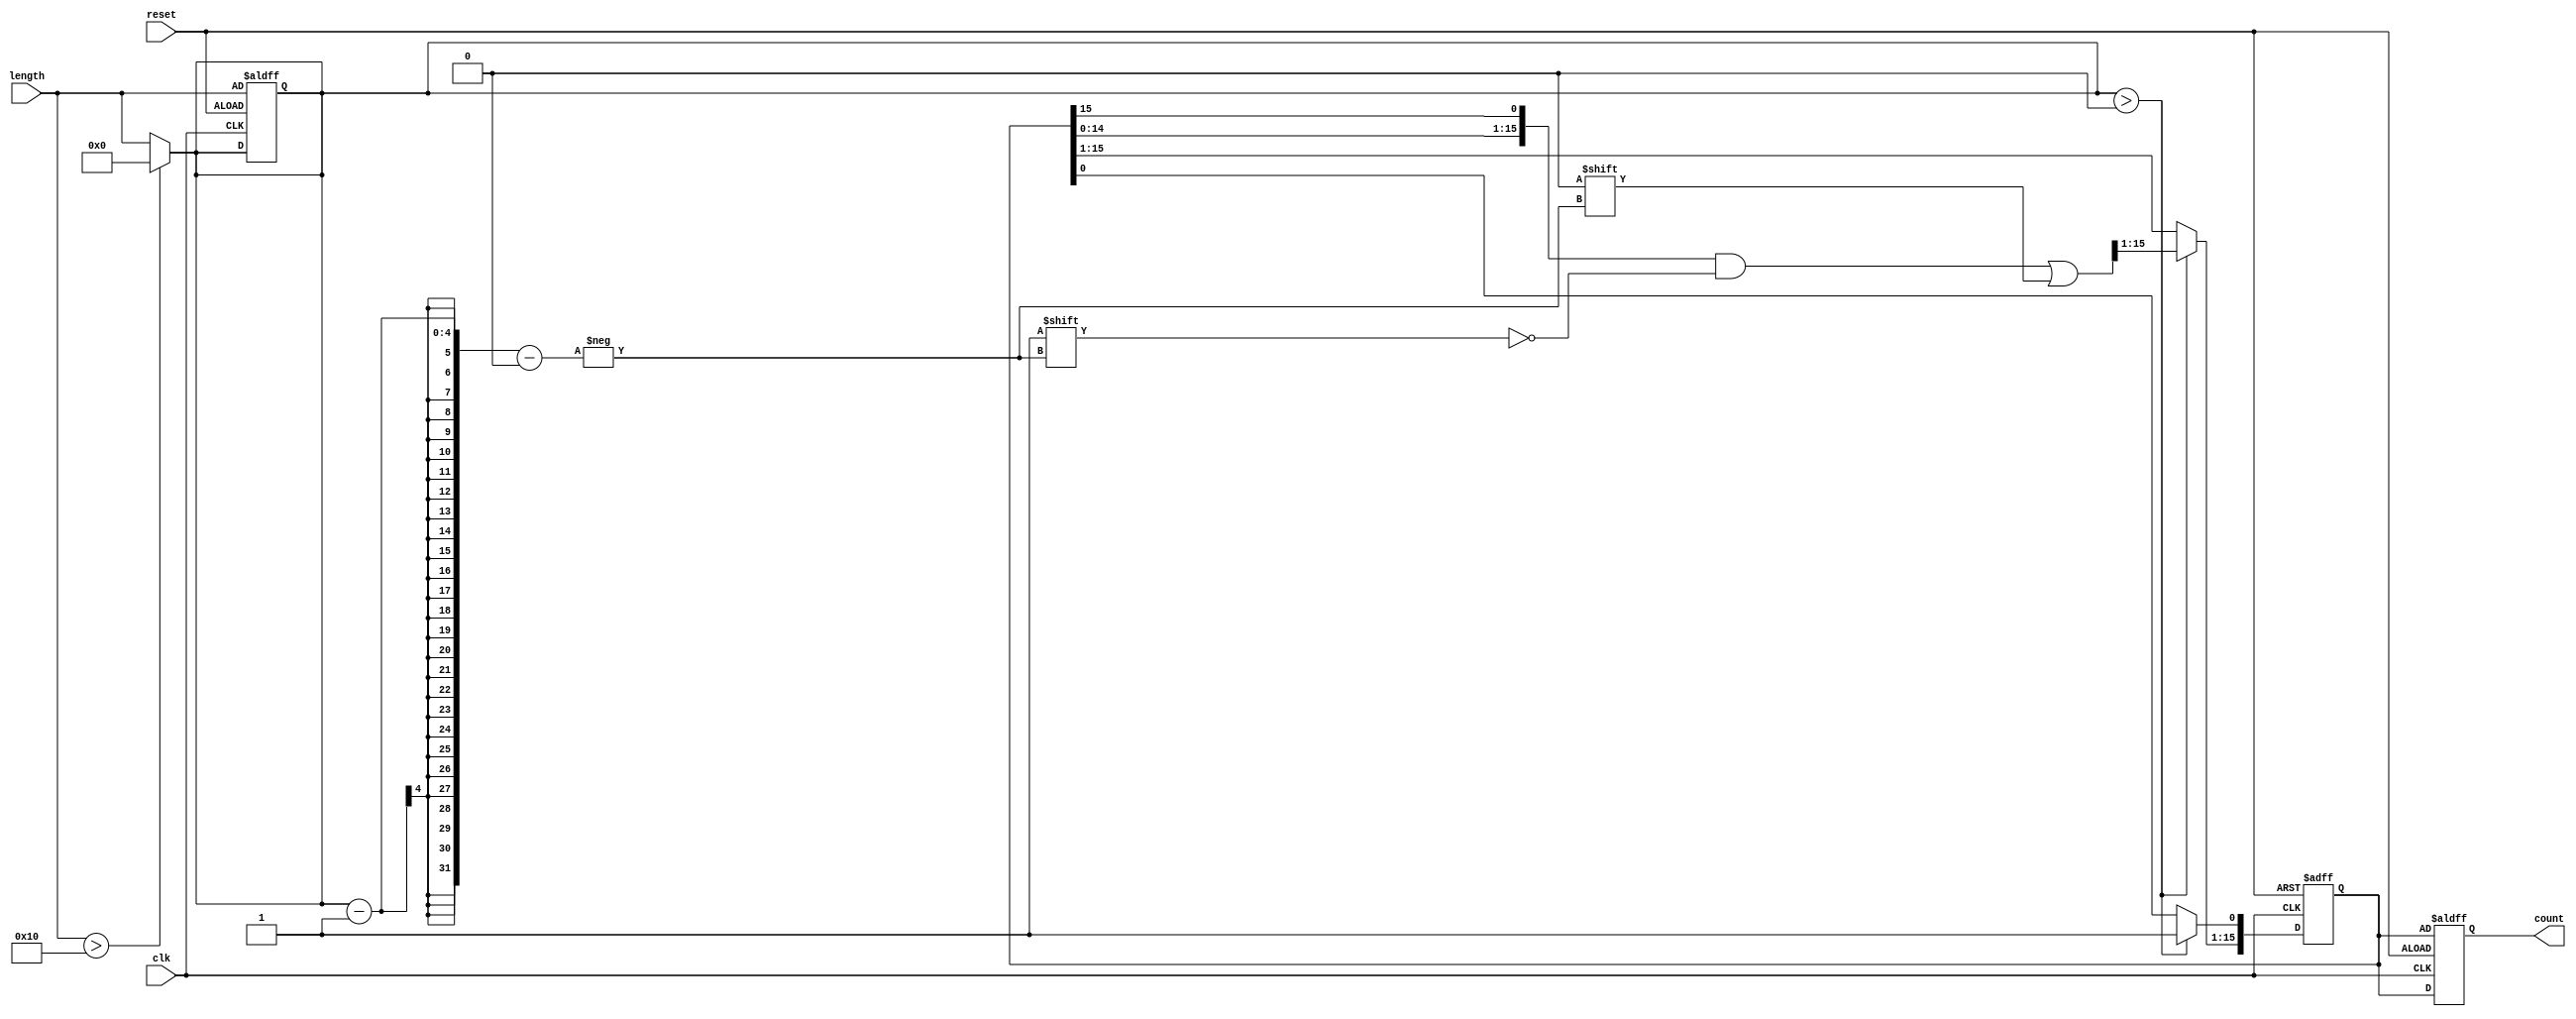
module variable_length_ring_counter (
    input wire clk,                // Clock input
    input wire reset,              // Reset input
    input wire [3:0] length,       // Length of the counter (up to 16)
    output reg [15:0] count        // Output state of the counter
);

    reg [15:0] flip_flops;         // Storage for the flip-flops
    reg [3:0] active_length;       // Active length of the counter

    always @(posedge clk or posedge reset) begin
        if (reset) begin
            // Initialize the counter with the specified length
            active_length <= length;
            flip_flops <= 0;
            flip_flops[0] <= 1;    // Set the first flip-flop to '1'
            count <= flip_flops;    // Output the initial state
        end else begin
            // Shift the '1' to the next position in the ring
            if (active_length > 0) begin
                flip_flops <= {flip_flops[14:0], flip_flops[15]}; // Shift right
                // Wrap around the last flip-flop
                flip_flops[active_length - 1] <= 0; // Clear the last position
                flip_flops[0] <= 1;                // Set the first position to '1'
            end
            count <= flip_flops;                 // Update output state
        end
    end

    always @(length) begin
        // Adjust active length based on the input length
        if (length > 16) begin
            active_length <= 16; // Max limit of length is 16
        end else begin
            active_length <= length;
        end
    end

endmodule